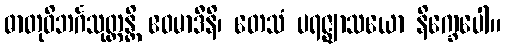
ဓာတုဝိဘင်္ဂသုတ္တန္တိ ဧဝမာဒီနိ၊ တေသံ ပရဇ္ဈာသယော နိက္ခေပေါ။